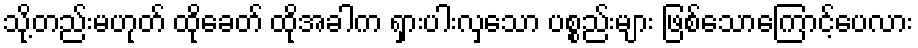
သို့တည်းမဟုတ် ထိုခေတ် ထိုအခါက ရှားပါးလှသော ပစ္စည်းများ ဖြစ်သောကြောင့်ပေလား